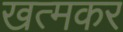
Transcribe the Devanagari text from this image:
खत्मकर